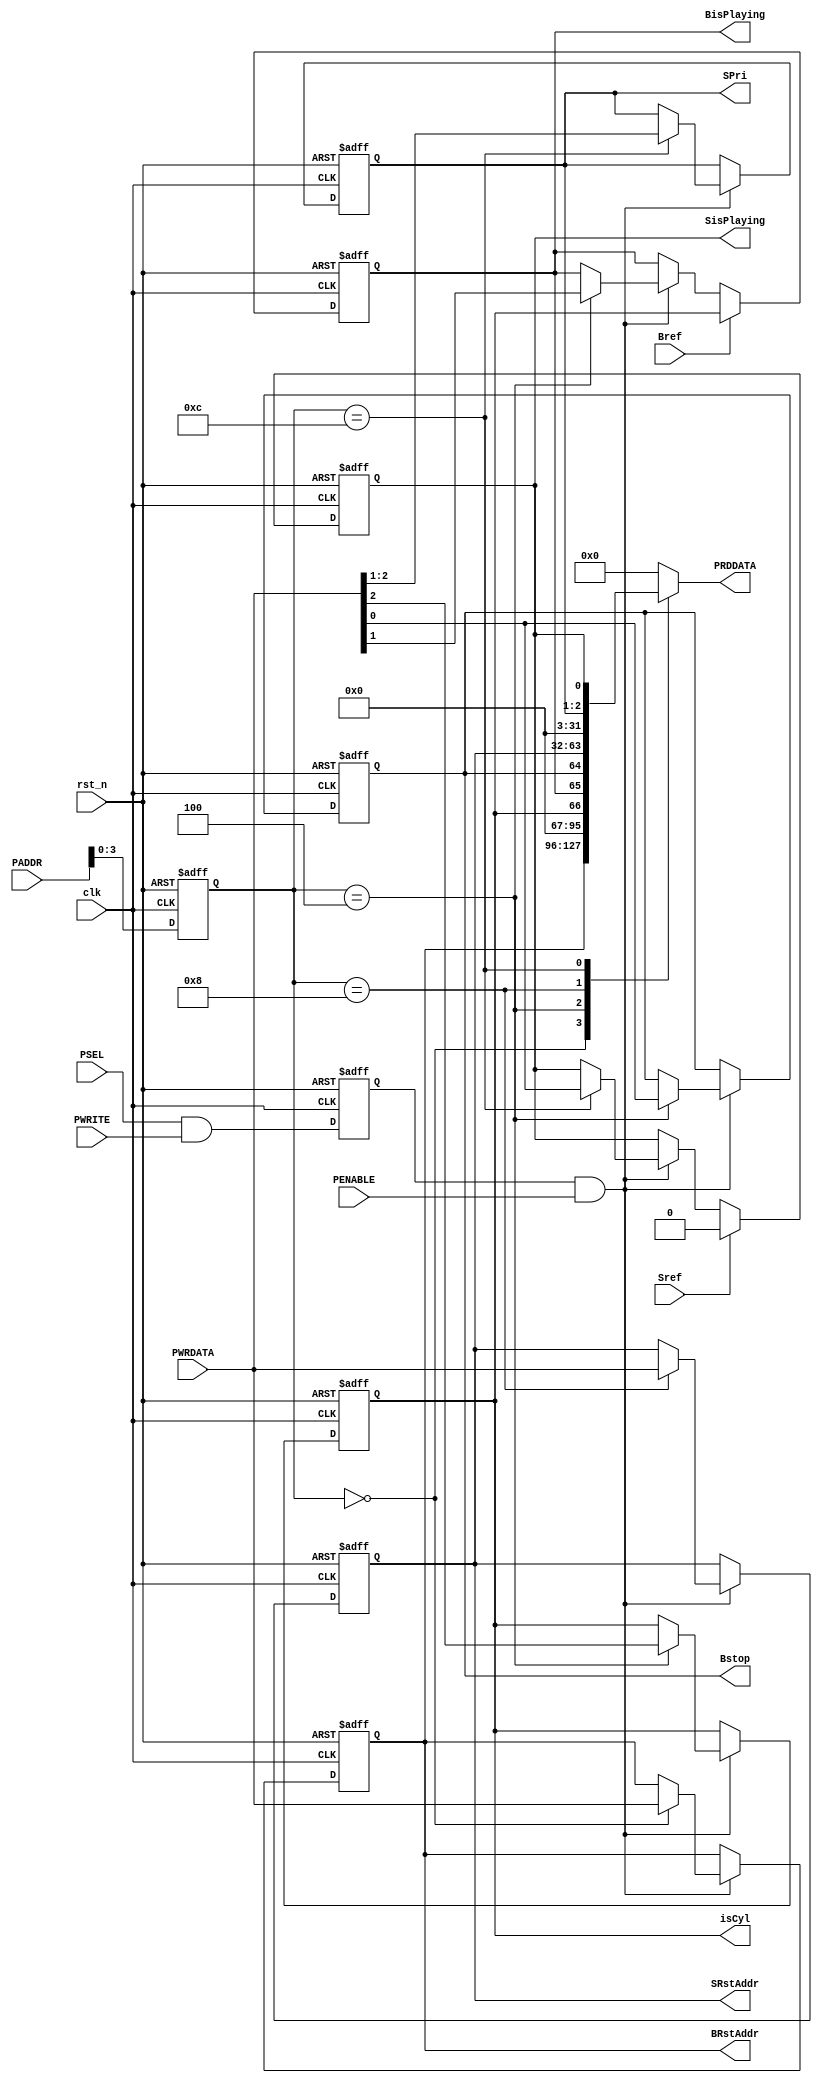
module APB_BDMAC(input wire clk,rst_n,
             input wire PWRITE,PSEL,
             input wire Bref,Sref,
             input wire PENABLE,
             input wire[31:0] PWRDATA,PADDR,
             output reg[31:0] PRDDATA,
             output reg[31:0] BRstAddr,SRstAddr,
             output reg[1:0] SPri,
             output reg isCyl,BisPlaying,Bstop,SisPlaying);

    reg[31:0] PADDR_Reg;
    reg WriteEnb;

    always @(posedge clk or negedge rst_n) begin
        if(!rst_n)begin
            PADDR_Reg  <= 32'b0;
            WriteEnb   <=     0;

            BRstAddr   <= 32'b0;
            SRstAddr   <= 32'b0;
            SPri       <=  2'b0;
            isCyl      <=     0;
            BisPlaying <=     0;
            Bstop      <=     0;
            SisPlaying <=     0;
        end
        else begin
            PADDR_Reg  <= PADDR;
            WriteEnb   <= PSEL&PWRITE;

            if(WriteEnb&PENABLE)begin
                case(PADDR_Reg[3:0])
                    4'h0:begin
                        BRstAddr <= PWRDATA;
                    end
                    4'h4:begin
                        {isCyl,BisPlaying,Bstop} <= PWRDATA[2:0];
                    end
                    4'h8:begin
                        SRstAddr <= PWRDATA;
                    end
                    4'hc:begin
                        {SPri,SisPlaying} <= PWRDATA[2:0];
                    end
                endcase
            end

            if(Bref)begin
                BisPlaying <= isCyl;
            end

            if(Sref)begin
                SisPlaying <= 1'b0;
            end
        end
    end

    always @(*) begin
        case(PADDR_Reg[3:0])
            4'h0:begin
                PRDDATA <= BRstAddr;
            end
            4'h4:begin
                PRDDATA <= {29'b0,isCyl,BisPlaying,Bstop};
            end
            4'h8:begin
                PRDDATA <= SRstAddr;
            end
            4'hc:begin
                PRDDATA <= {29'b0,SPri,SisPlaying};
            end
            default:begin
                PRDDATA <= 32'b0;
            end
        endcase
    end

endmodule